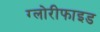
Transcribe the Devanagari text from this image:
ग्लोरीफाइड